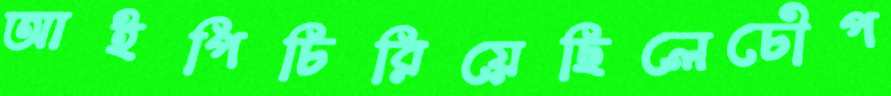
আইপিচিরিয়েছিলেচৌপ